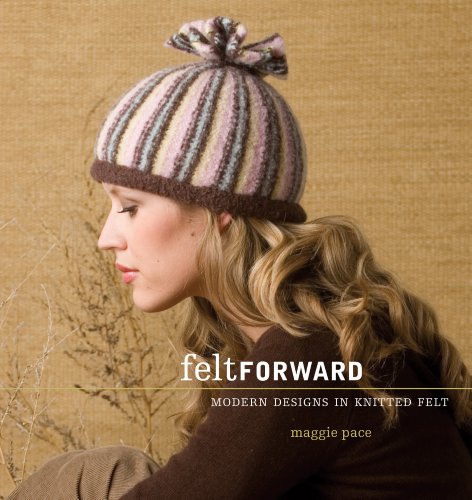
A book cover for Felt Forward; Maggie Pace; Crafts, Hobbies & Home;